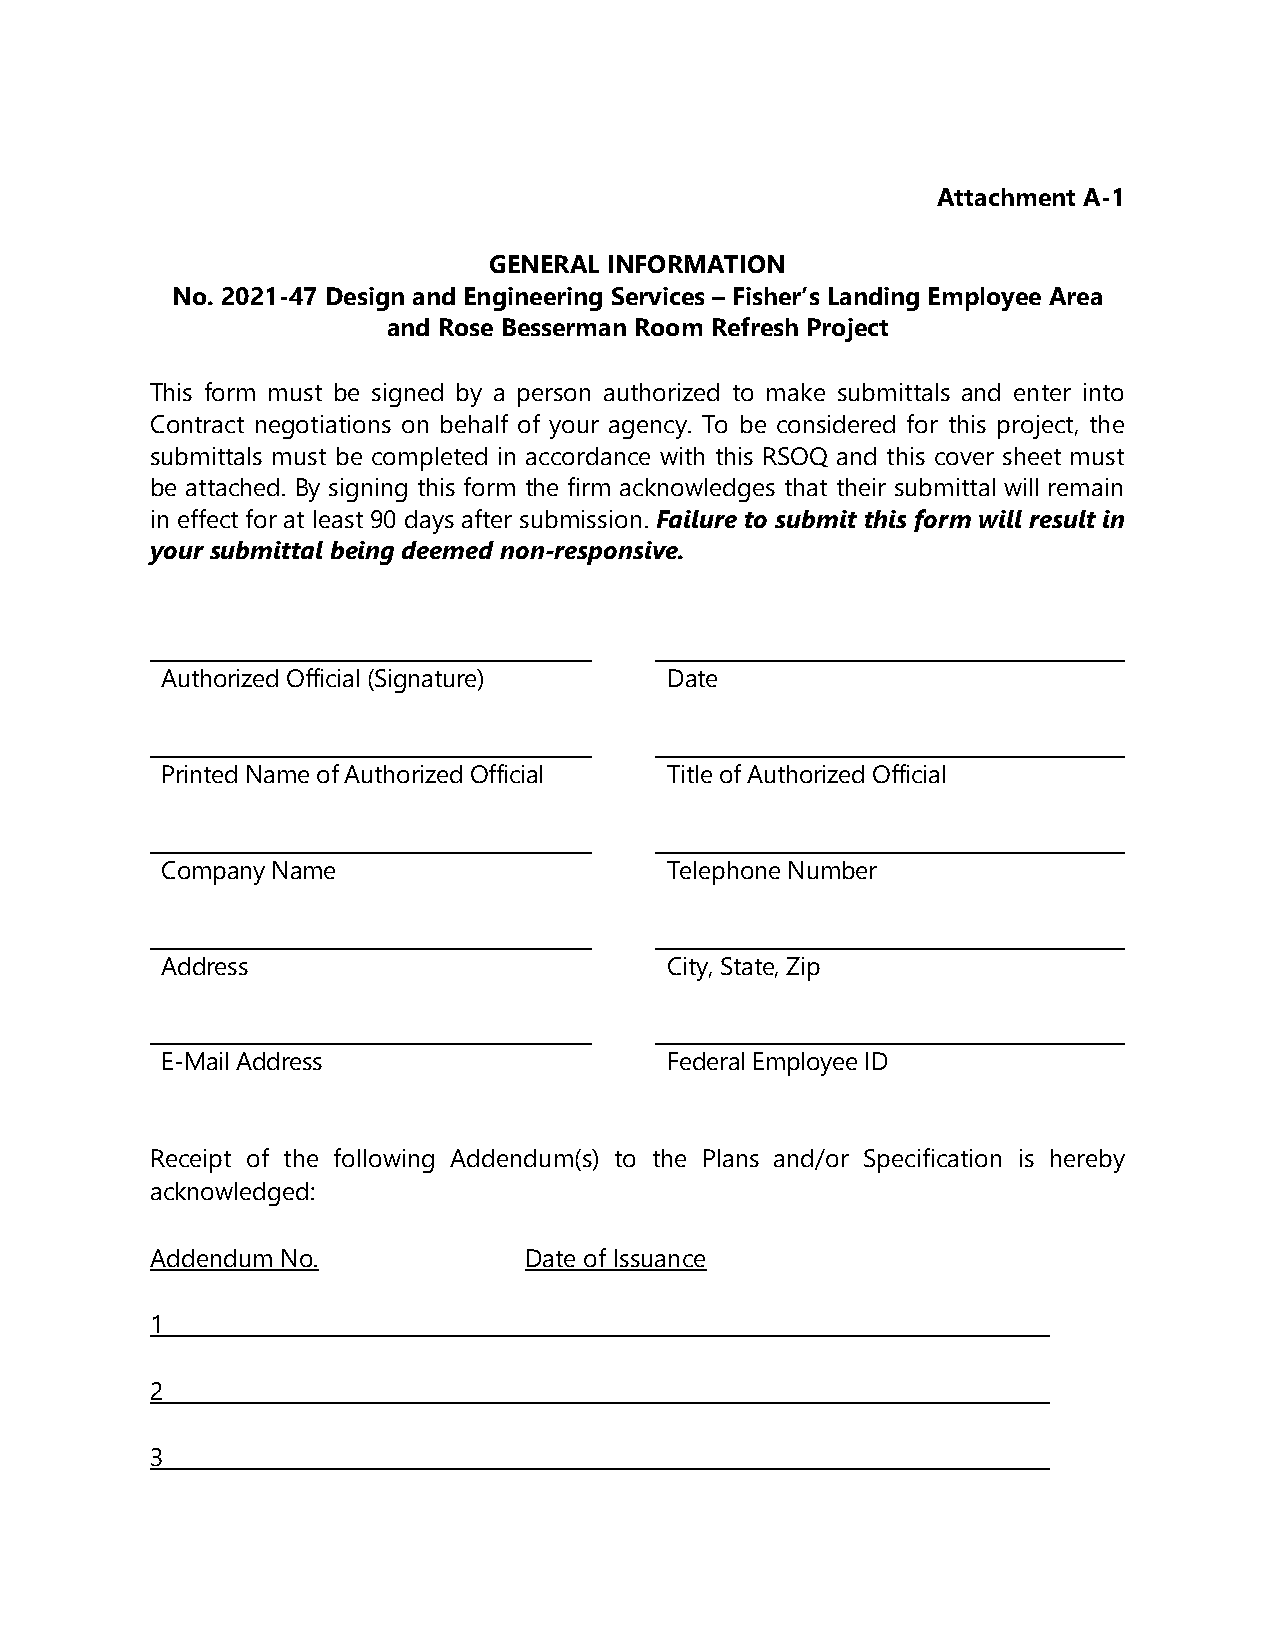
Attachment A-1
 GENERAL INFORMATION
 No. 2021-47 Design and Engineering Services – Fisher’s Landing Employee Area
 and Rose Besserman Room Refresh Project
 This form must be signed by a person authorized to make submittals and enter into
 Contract negotiations on behalf of your agency. To be considered for this project, the
 submittals must be completed in accordance with this RSOQ and this cover sheet must
 be attached. By signing this form the firm acknowledges that their submittal will remain
 in effect for at least 90 days after submission. Failure to submit this form will result in
 your submittal being deemed non-responsive.
 Authorized Official (Signature)  Date
 Printed Name of Authorized Official Title of Authorized Official
 Company Name                     Telephone Number
 Address                          City, State, Zip
 E-Mail Address                   Federal Employee ID
 Receipt of the following Addendum(s) to the Plans and/or Specification is hereby
 acknowledged:
 Addendum No.             Date of Issuance
 1
 2
 3